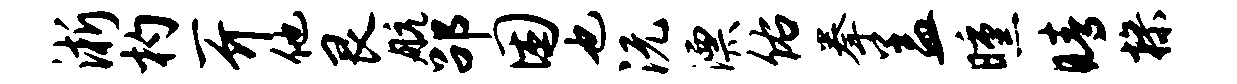
淅杓一介他艮航劭困也沅漂佑拳盖曛睛操